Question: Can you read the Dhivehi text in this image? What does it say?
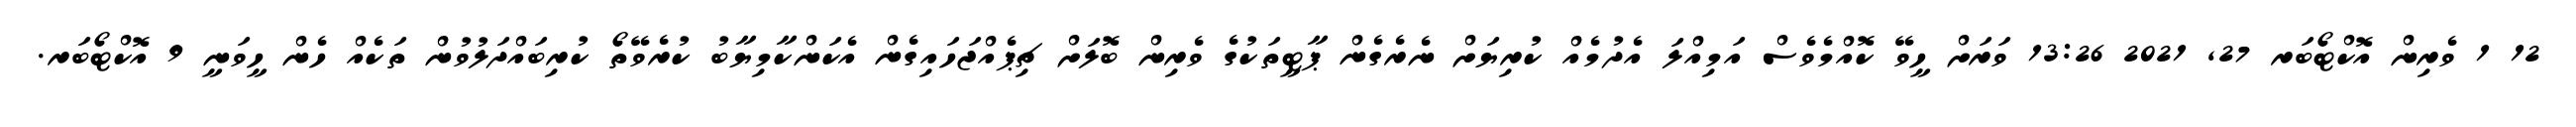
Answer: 12 1 ވެރިން އޮކްޓޯބަރ 27, 2021 13:26 ވަރަށް ހީވޭ ކޮއްމެވެސް އަމިއްލަ އެދުމެއް ކުރިޔަށް ނެރެގެން ޕާޓީތަކުގެ ވެރިން ބޮލަށް ޗިޕެއްޖަހައިގެން އެކަންކާމިޔާބު ކުރެވޭތޯ ކުރިބައްދަލުވުން ތަކެއް ހެން ހީވަނީ 9 އޮކްޓޯބަރ.